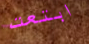
ابتعت